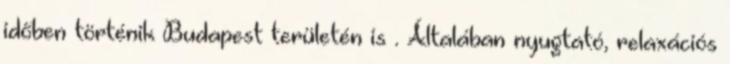
időben történik Budapest területén is . Általában nyugtató, relaxációs